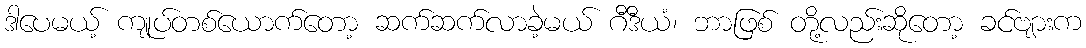
ဒါပေမယ့် ကျုပ်တစ်ယောက်တော့ ဆက်ဆက်လာခဲ့မယ် ဂီဒီယံ၊ ဘာဖြစ် တို့လည်းဆိုတော့ ခင်ဗျားက